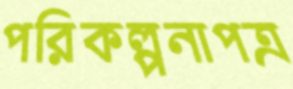
পরিকল্পনাপত্র